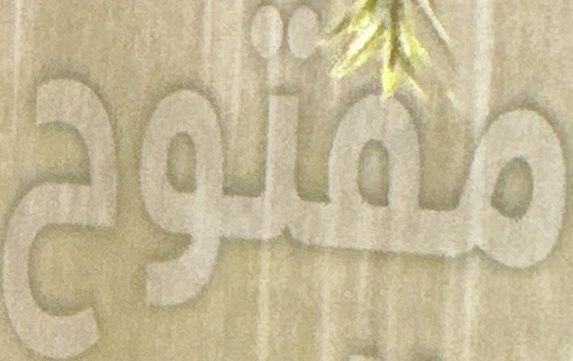
مقتوح